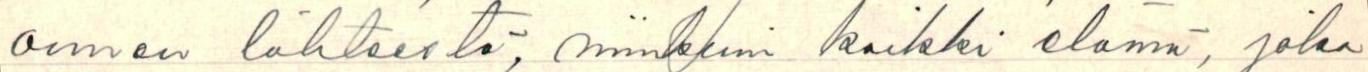
armon lähteestä, niinkuin kaikki elämä, joka